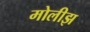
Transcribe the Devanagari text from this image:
मोलीझ